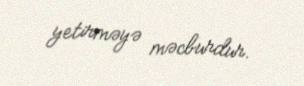
yetirməyə məcburdur.